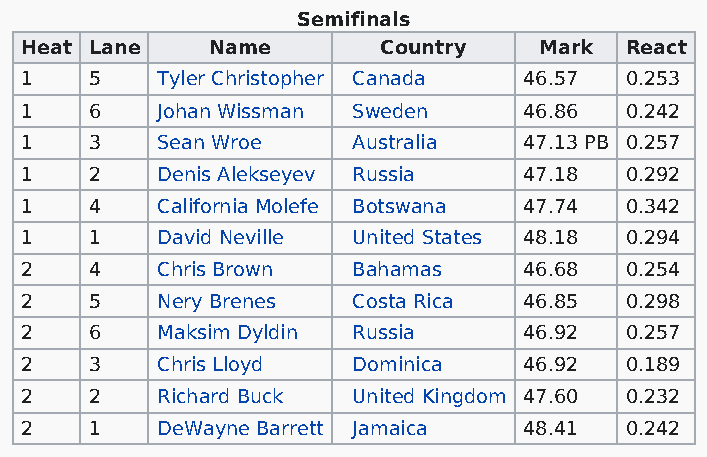
Semifinals
 Heat Lane    Name       Country    Mark React
 1    5   Tyler Christopher Canada 46.57 0.253
 1    6   Johan Wissman Sweden     46.86 0.242
 1    3   Sean Wroe    Australia   47.13 PB 0.257
 1    2   Denis Alekseyev Russia   47.18 0.292
 1    4   California Molefe Botswana 47.74 0.342
 1    1   David Neville United States 48.18 0.294
 2    4   Chris Brown  Bahamas     46.68 0.254
 2    5   Nery Brenes  Costa Rica  46.85 0.298
 2    6   Maksim Dyldin Russia     46.92 0.257
 2    3   Chris Lloyd  Dominica    46.92 0.189
 2    2   Richard Buck United Kingdom 47.60 0.232
 2    1   DeWayne Barrett Jamaica  48.41 0.242